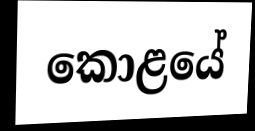
කොළයේ